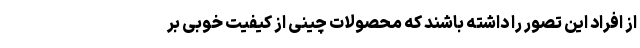
از افراد این تصور را داشته باشند که محصولات چینی از کیفیت خوبی بر